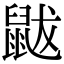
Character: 鼥